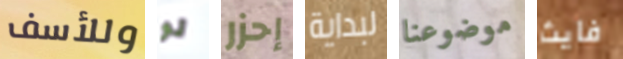
وللأسف لو إحزر لبداية موضوعنا فايث